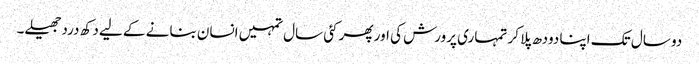
دو سال تک اپنا دودھ پلا کر تمہاری پرورش کی اور پھر کئی سال تمہیں انسان بنانے کے لیے دکھ درد جھیلے۔